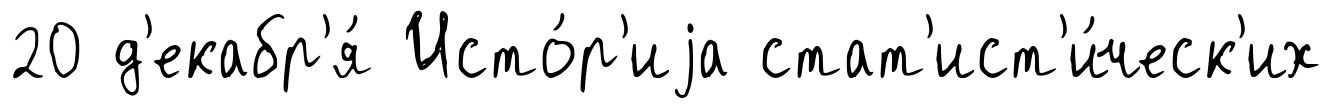
20 д'екабр'я́ Исто́р'иjа стат'ист'и́ческ'их